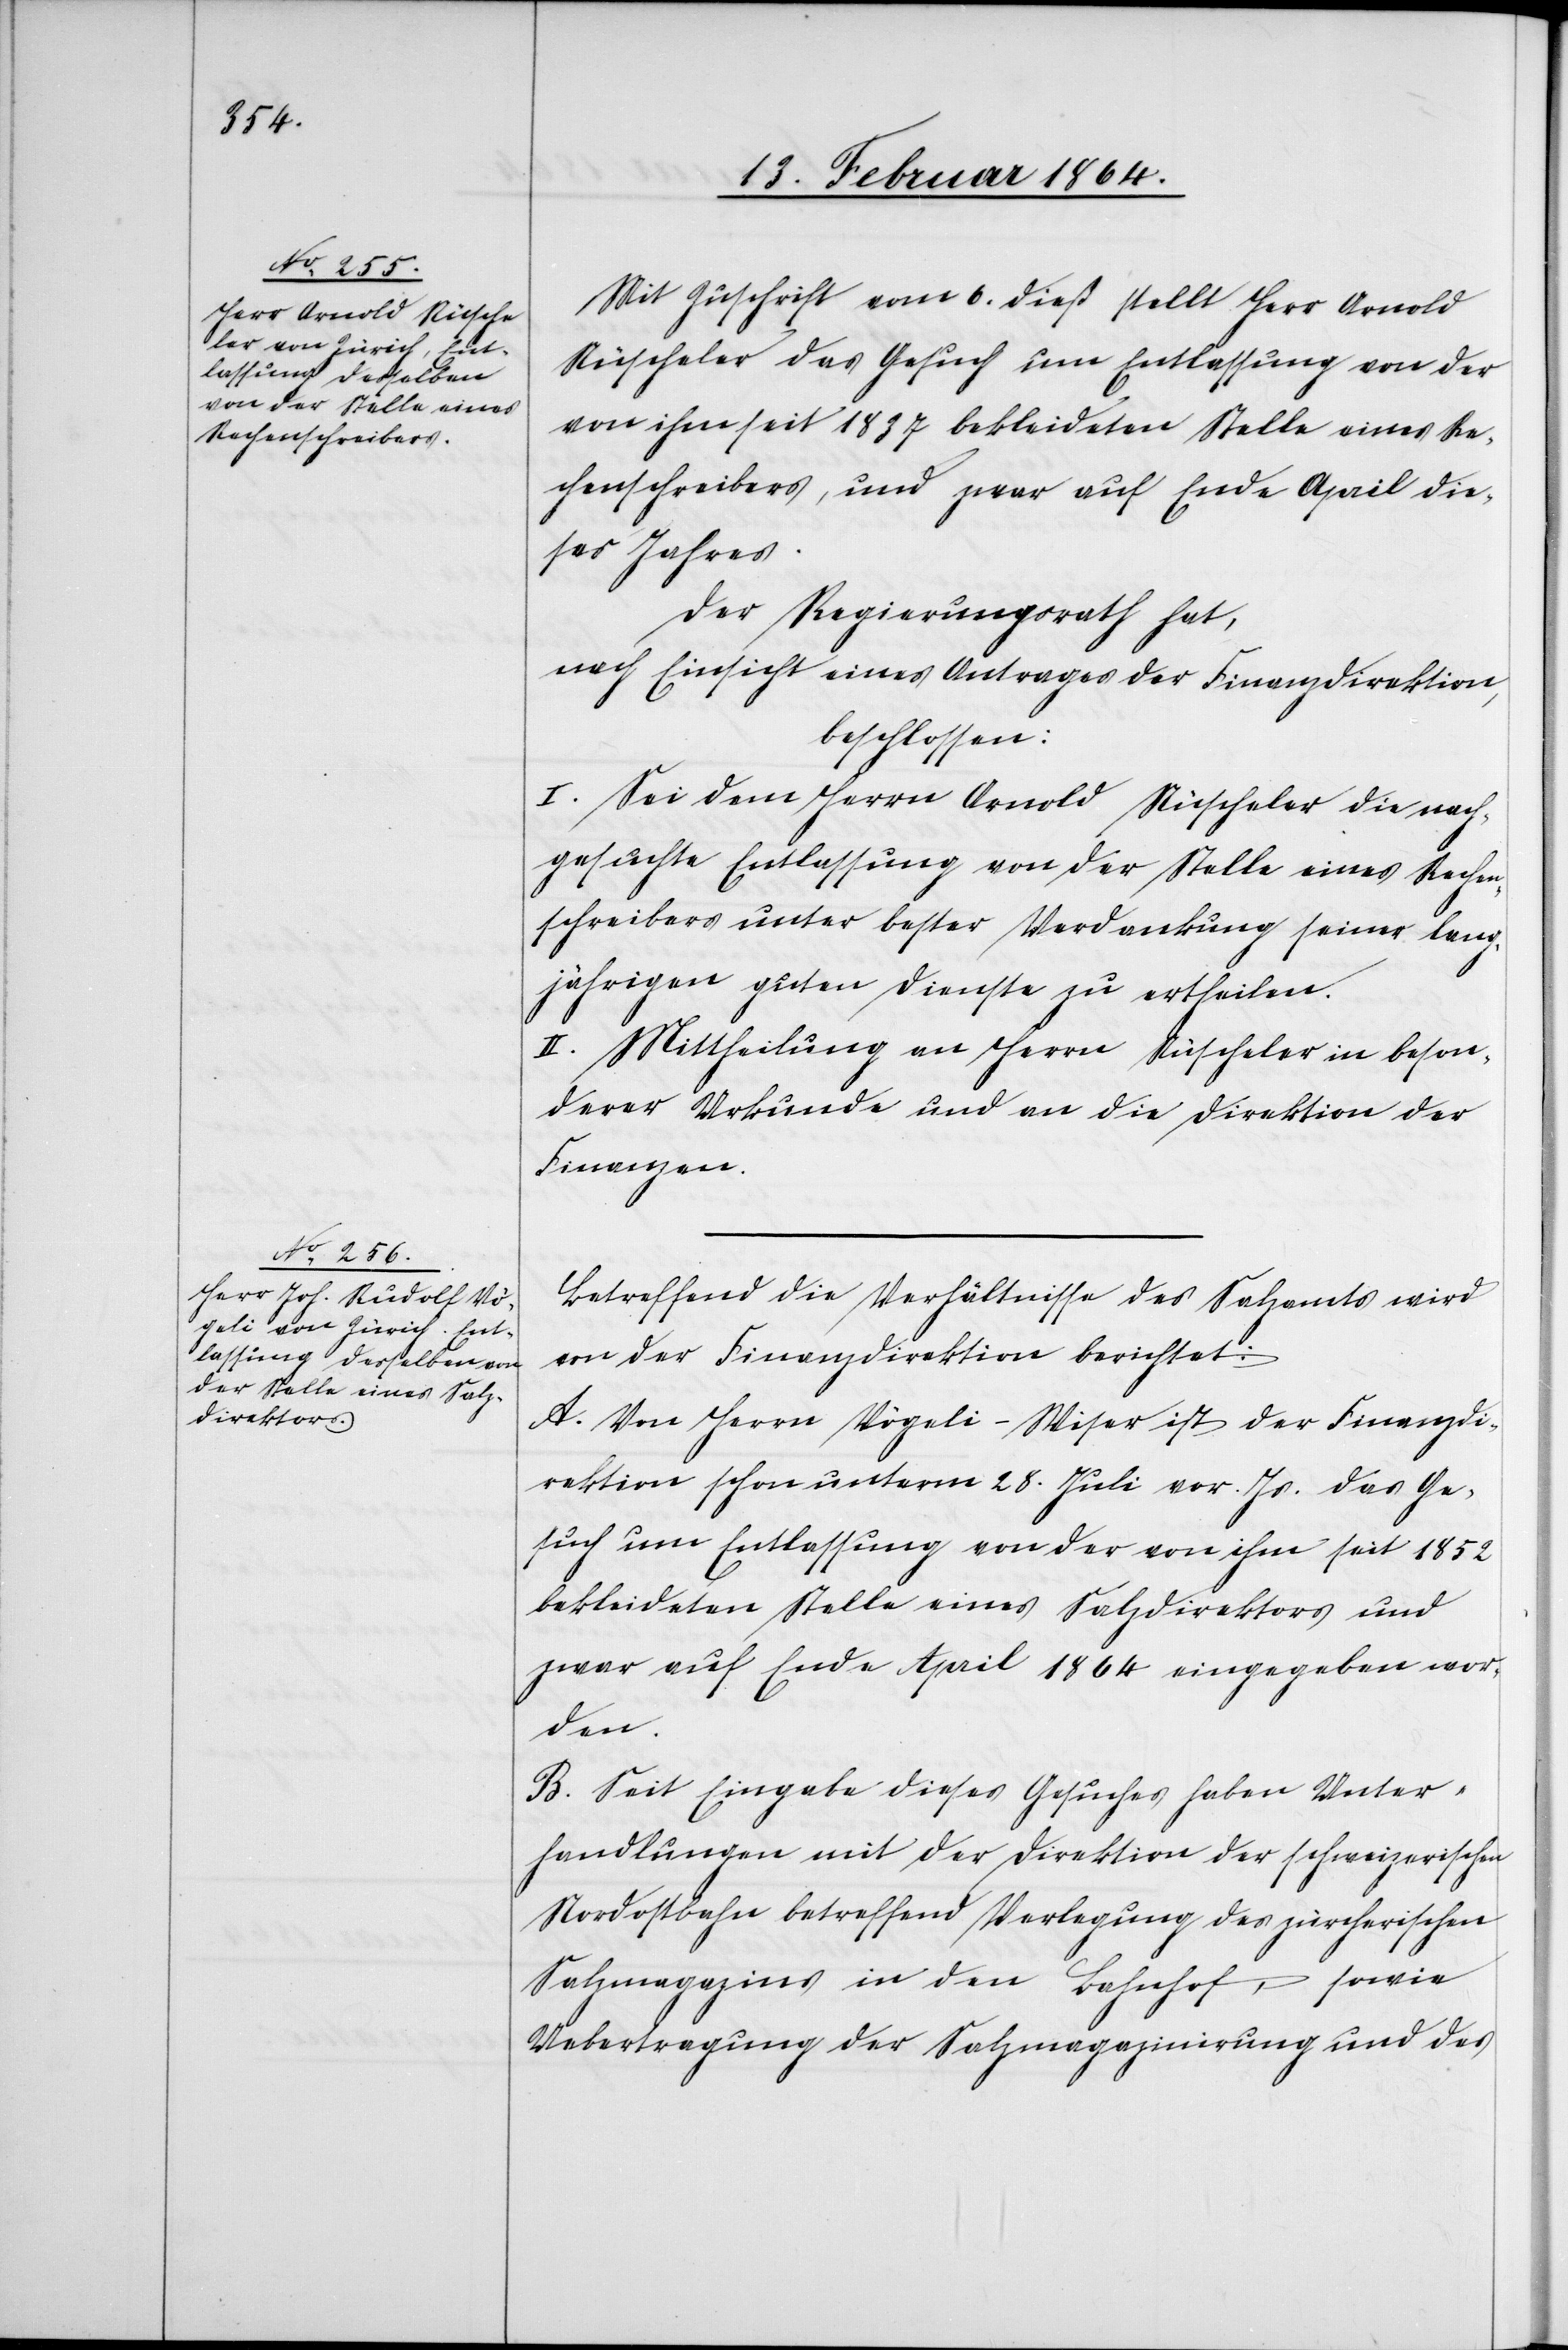
Mit Zuschrift vom 6. dieß stellt Herr Arnold
Nüscheler das Gesuch um Entlassung von der
von ihm seit 1837 bekleideten Stelle eines Re¬
chenschreibers, und zwar auf Ende April die¬
ses Jahres.
Der Regierungsrath hat,
nach Einsicht eines Antrages der Finanzdirektion,
beschlossen:
I. Sei dem Herrn Arnold Nüscheler die nach¬
gesuchte Entlassung von der Stelle eines Rechen¬
schreibers unter bester Verdankung seiner lang¬
jährigen guten Dienste zu ertheilen.
II. Mittheilung an Herrn Nüscheler in beson¬
derer Urkunde und an die Direktion der
Finanzen.
Betreffend die Verhältnisse des Salzamts wird
von der Finanzdirektion berichtet:
A. Von Herrn Vögeli-Wiser ist der Finanzdi¬
rektion schon unterm 28. Juli vor. Js. das Ge¬
such um Entlassung von der von ihm seit 1852
bekleideten Stelle eines Salzdirektors und
zwar auf Ende April 1864 eingegeben wor¬
den.
B. Seit Eingabe dieses Gesuches haben Unter¬
handlungen mit der Direktion der schweizerischen
Nordostbahn betreffend Verlegung des zürcherischen
Salzmagazins in den Bahnhof, sowie
Uebertragung der Salzmagazinirung und des